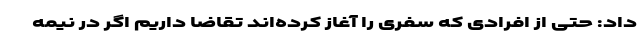
داد: حتی از افرادی که سفری را آغاز کرده‌اند تقاضا داریم اگر در نیمه